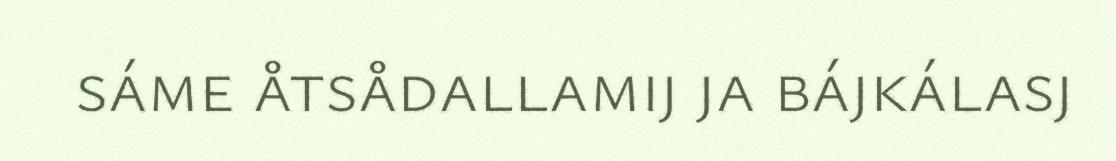
sáme åtsådallamij ja bájkálasj